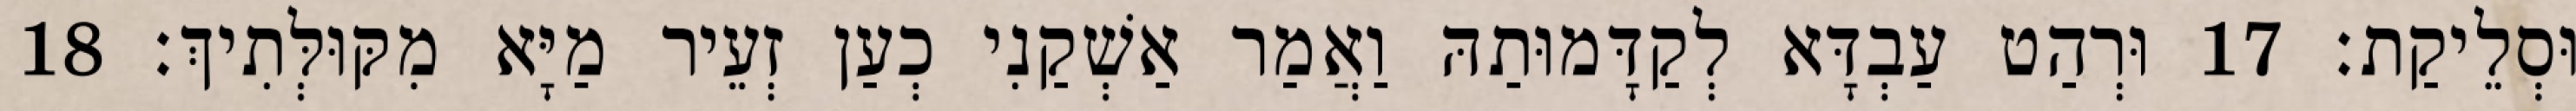
וּסְלֵיקַת׃ 17 וּרְהַט עַבְדָּא לְקַדָּמוּתַהּ וַאֲמַר אַשְׁקַנִי כְעַן זְעֵיר מַיָּא מִקּוּלְּתִיךְ׃ 18